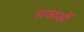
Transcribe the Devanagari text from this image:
राजाऔं